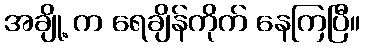
အချို့ က ရေချိန်ကိုက် နေကြပြီ။